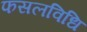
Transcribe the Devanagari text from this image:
फसलविधि